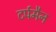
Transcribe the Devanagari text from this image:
टर्पमैन